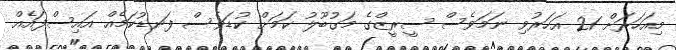
މިއަހަރަށް 21 އަހަރުވި ނަމަވެސް ސީރީޒްގެ މަގުބޫލު ކަމަށް ކުޑަވެސް ފަނޑުކަމެއް އައިސްފައެއް